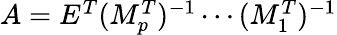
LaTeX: \begin{array}{r}{A=E^{T}(M_{p}^{T})^{-1}\cdots(M_{1}^{T})^{-1}}\end{array}